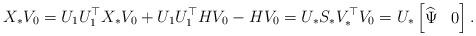
LaTeX: \begin{align*}X_* V_0 = U_1 U^{\top}_1 X_* V_0 + U_1 U^{\top}_1 H V_0 - H V_0 = U_* S_* V^{\top}_* V_0 = U_* \begin{bmatrix} \widehat{\Psi} & 0 \end{bmatrix}.\end{align*}